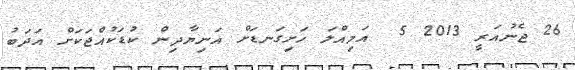
26 ޖެނުއަރީ 2013 5  އަމިއްލަ ހަށިގަނޑަށް އަނިޔާދިން ކުޑަކުއްޖަކަށް އަދަބު